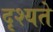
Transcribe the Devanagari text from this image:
दृश्यते